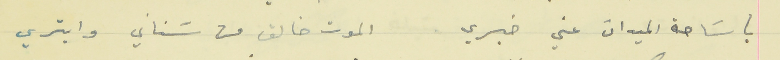
يا سَاحة الميدان عني خبري                    الموت خالق من سَناني وابشري